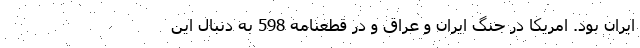
ايران بود. امريكا در جنگ ايران و عراق و در قطعنامه 598 به دنبال اين